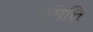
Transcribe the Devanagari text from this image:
रमिति